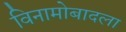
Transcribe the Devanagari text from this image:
विनामोबादला